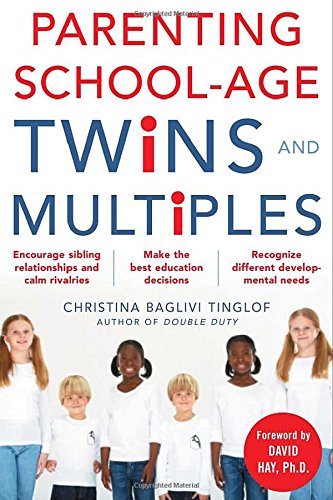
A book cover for Parenting School-Age Twins and Multiples; Christina Tinglof; Parenting & Relationships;